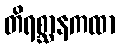
တိရစ္ဆာနကထာ